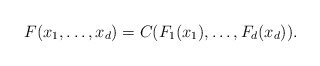
\begin{align*}F(x_1,\ldots,x_d)=C(F_1(x_1),\ldots,F_d(x_d)). \end{align*}